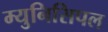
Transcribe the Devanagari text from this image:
म्‍युनिसिपल